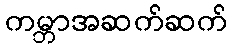
ကမ္ဘာအဆက်ဆက်